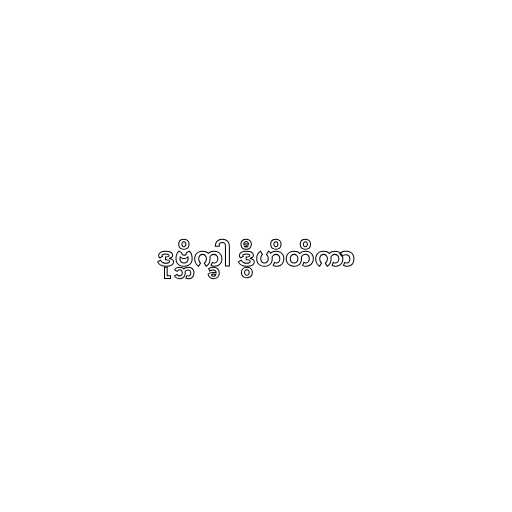
ဒုဗ္ဘိက္ခါ ဒွီဟိတိကာ